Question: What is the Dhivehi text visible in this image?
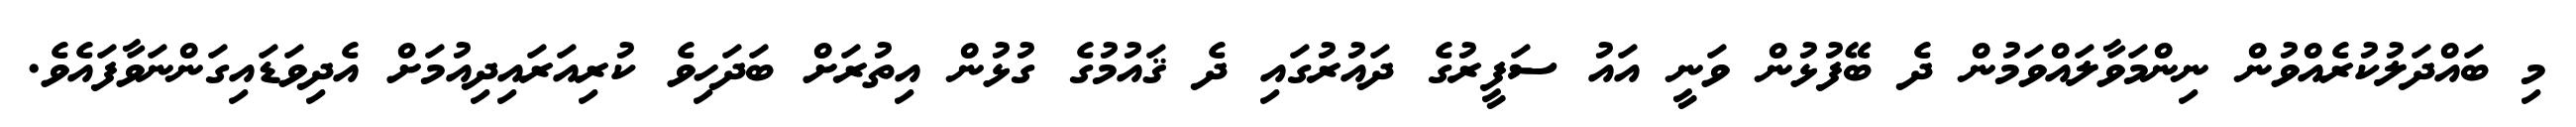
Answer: މި ބައްދަލުކުރެއްވުން ނިންމަވާލައްވަމުން ދެ ބޭފުޅުން ވަނީ އައު ސަފީރުގެ ދައުރުގައި ދެ ޤައުމުގެ ގުޅުން އިތުރަށް ބަދަހިވެ ކުރިއަރައިދިއުމަށް އެދިވަޑައިގަންނަވާފައެވެ.